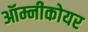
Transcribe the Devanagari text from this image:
ऑम्नीकोयर